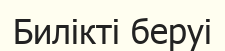
Билікті беруі